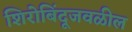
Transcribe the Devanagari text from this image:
शिरोबिंदूजवळील